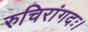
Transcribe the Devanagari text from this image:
रुचिरांगदः।